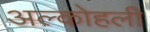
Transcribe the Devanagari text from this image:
अल्कोहली